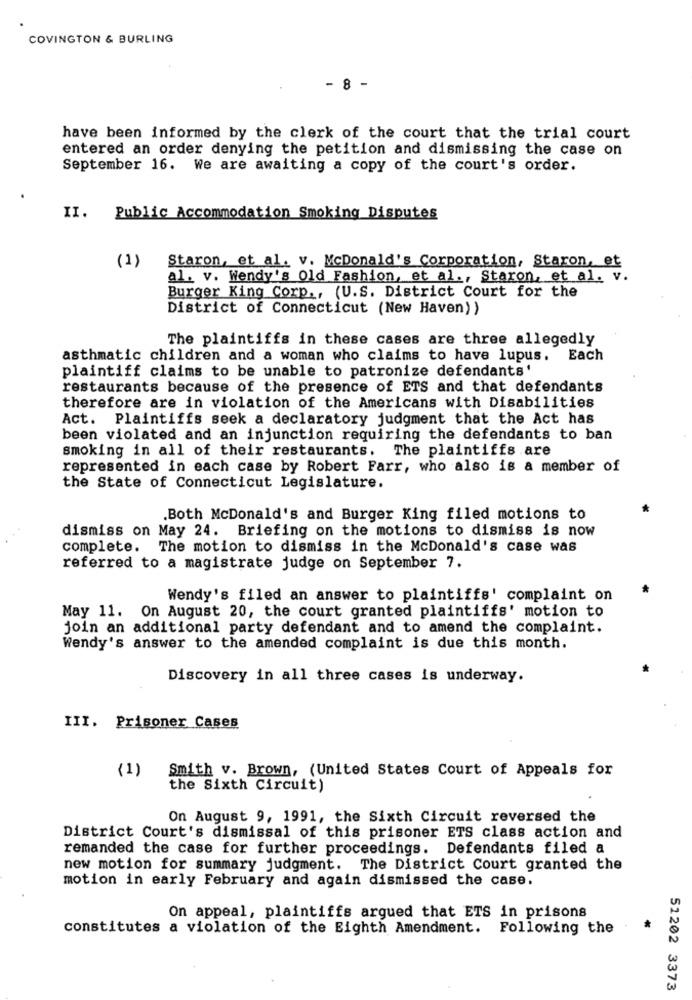
COVINGTON & BURLING
- 8 -
have been informed by the clerk of the court that the trial court
entered an order denying the petition and dismissing the case on
September 16. We are awaiting a copy of the court's order.
II.
Public Accommodation Smoking Disputes
(1)
Staron, et al. v. McDonald's Corporation, Staron, et
al. v. Wendy's Old Fashion, et al ., Staron, et al. v.
Burger King Corp ., (U.S. District Court for the
District of Connecticut (New Haven))
The plaintiffs in these cases are three allegedly
asthmatic children and a woman who claims to have lupus.
Each
plaintiff claims to be unable to patronize defendants'
restaurants because of the presence of ETS and that defendants
therefore are in violation of the Americans with Disabilities
Act. Plaintiffs seek a declaratory judgment that the Act has
been violated and an injunction requiring the defendants to ban
smoking in all of their restaurants. The plaintiffs are
represented in each case by Robert Farr, who also is a member of
the State of Connecticut Legislature.
.Both McDonald's and Burger King filed motions to
dismiss on May 24. Briefing on the motions to dismiss is now
complete. The motion to dismiss in the McDonald's case was
referred to a magistrate judge on September 7.
Wendy's filed an answer to plaintiffs' complaint on
May 11. On August 20, the court granted plaintiffs' motion to
join an additional party defendant and to amend the complaint.
Wendy's answer to the amended complaint is due this month.
Discovery in all three cases is underway.
III. Prisoner Cases
(1) Smith v. Brown, (United States Court of Appeals for
the Sixth Circuit)
On August 9, 1991, the Sixth Circuit reversed the
District Court's dismissal of this prisoner ETS class action and
remanded the case for further proceedings. Defendants filed a
new motion for summary judgment. The District Court granted the
motion in early February and again dismissed the case.
On appeal, plaintiffs argued that ETS in prisons
constitutes a violation of the Eighth Amendment. Following the
51202 3373